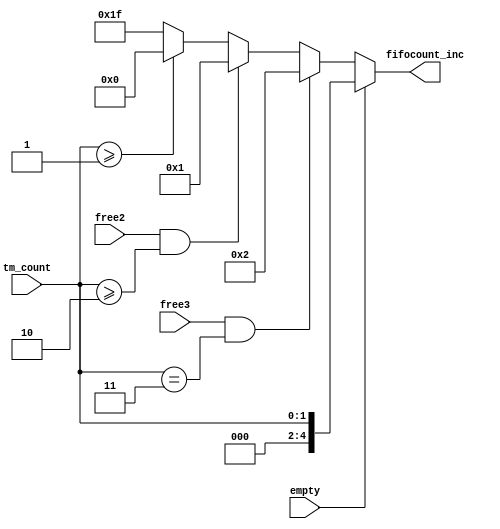
module ddr3_s4_uniphy_example_sim_ddr3_s4_uniphy_example_sim_e0_if0_p0_qsys_sequencer_cpu_inst_nios2_oci_fifocount_inc (
                                                                                                                          empty,
                                                                                                                          free2,
                                                                                                                          free3,
                                                                                                                          tm_count,
                                                                                                                          fifocount_inc
                                                                                                                       )
;
  output  [  4: 0] fifocount_inc;
  input            empty;
  input            free2;
  input            free3;
  input   [  1: 0] tm_count;
  reg     [  4: 0] fifocount_inc;
  always @(empty or free2 or free3 or tm_count)
    begin
      if (empty)
          fifocount_inc = tm_count[1 : 0];
      else if (free3 & (tm_count == 3))
          fifocount_inc = 2;
      else if (free2 & (tm_count >= 2))
          fifocount_inc = 1;
      else if (tm_count >= 1)
          fifocount_inc = 0;
      else 
        fifocount_inc = {5{1'b1}};
    end
endmodule